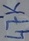
Text: 47K